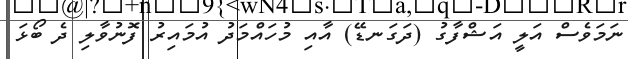
ނަމަވެސް އަލީ އަޝްފާގު (ދަގަނޑޭ) އާއި މުހައްމަދު އުމައިރު ފޮނުވާލި ދެ ބޯޅަ